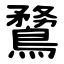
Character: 䳱